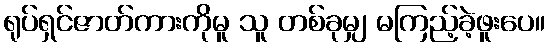
ရုပ်ရှင်ဇာတ်ကားကိုမူ သူ တစ်ခုမျှ မကြည့်ခဲ့ဖူးပေ။